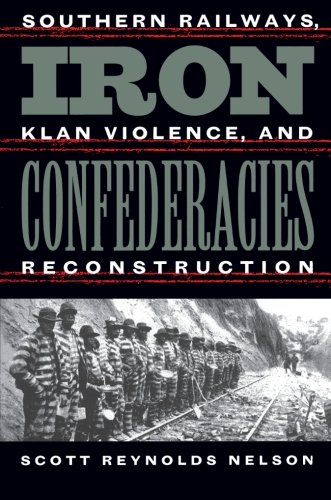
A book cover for Iron Confederacies: Southern Railways, Klan Violence, and Reconstruction; Scott Reynolds Nelson; Travel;